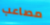
مصاعب